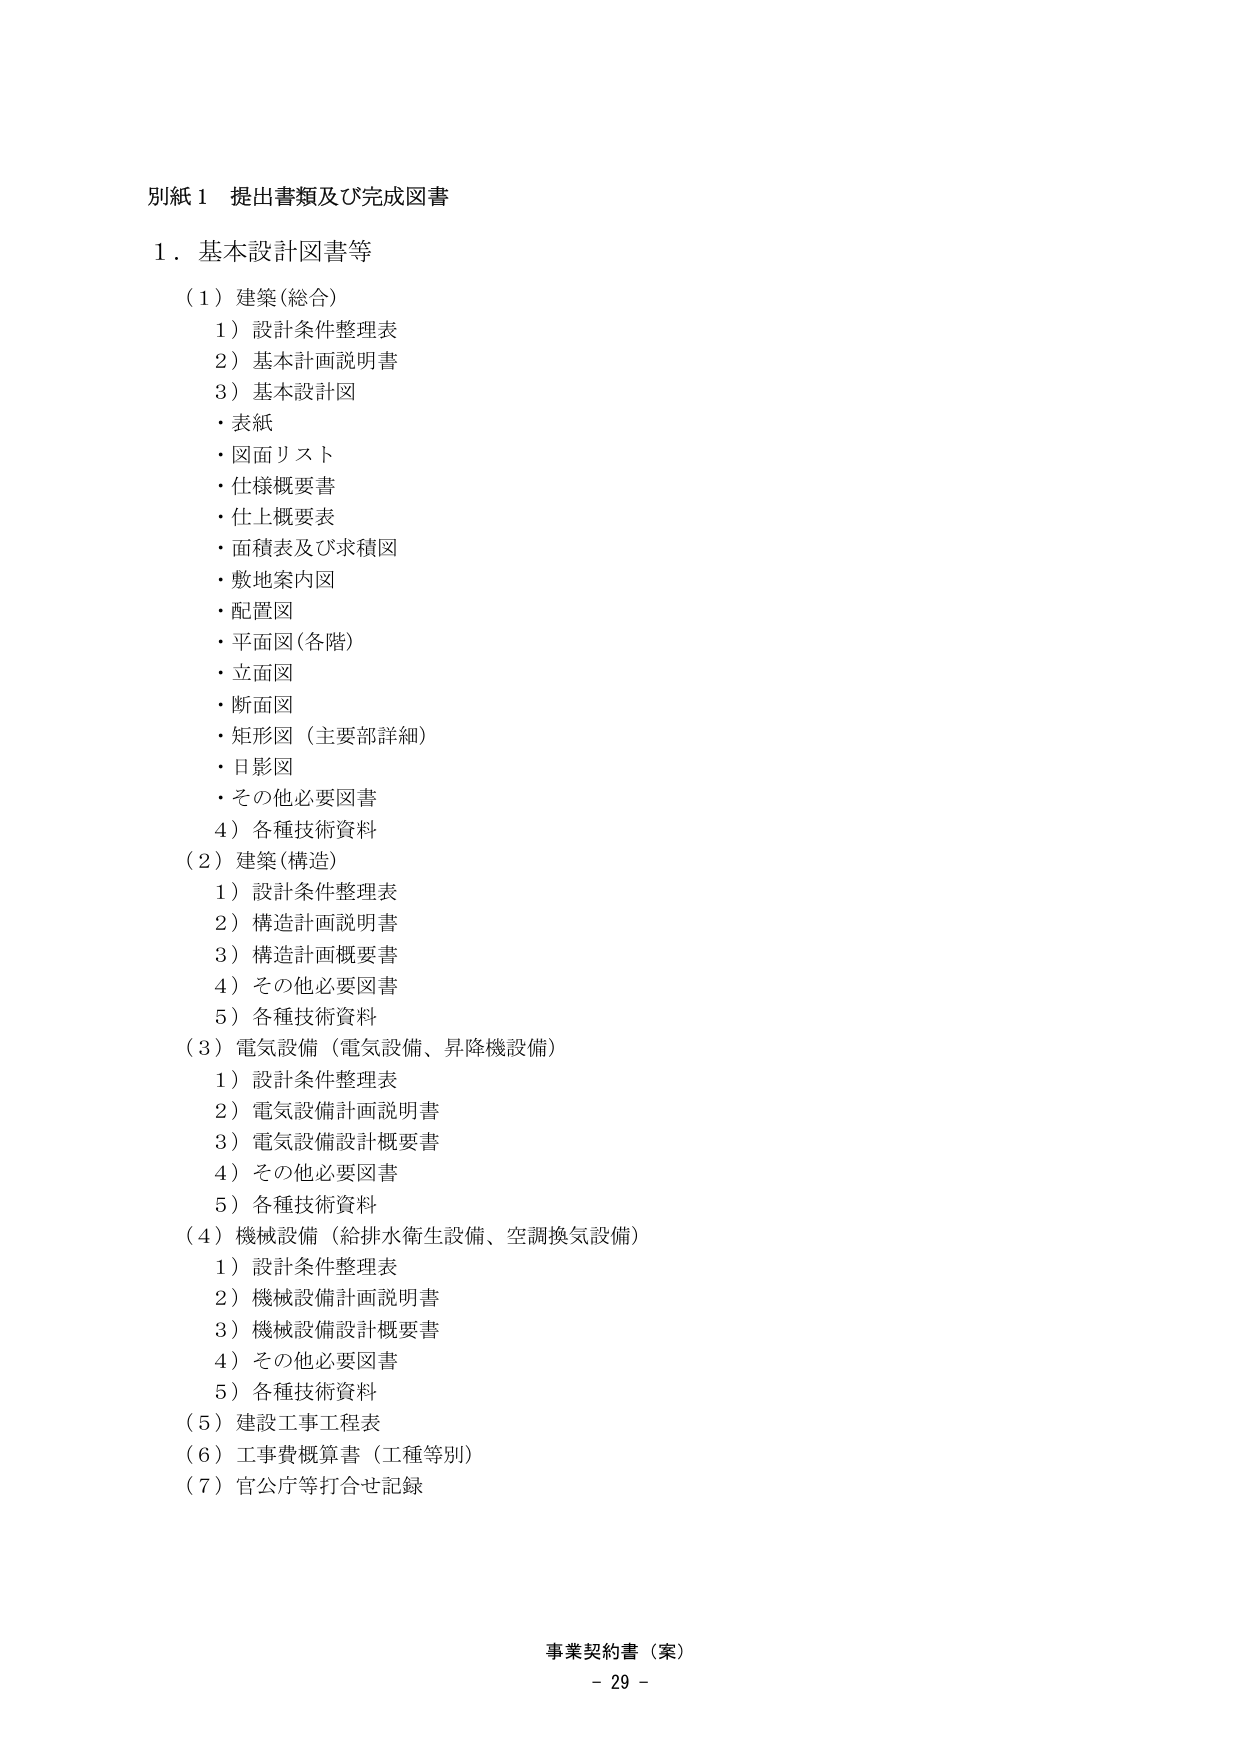
別紙１ 提出書類及び完成図書

１．基本設計図書等

（１）建築（総合）
　１）設計条件整理表
　２）基本計画説明書
　３）基本設計図
　　・表紙
　　・図面リスト
　　・仕様概要書
　　・仕上概要表
　　・面積表及び求積図
　　・敷地案内図
　　・配置図
　　・平面図（各階）
　　・立面図
　　・断面図
　　・矩形図（主要部詳細）
　　・日影図
　　・その他必要図書
　４）各種技術資料

（２）建築（構造）
　１）設計条件整理表
　２）構造計画説明書
　３）構造計画概要書
　４）その他必要図書
　５）各種技術資料

（３）電気設備（電気設備、昇降機設備）
　１）設計条件整理表
　２）電気設備計画説明書
　３）電気設備設計概要書
　４）その他必要図書
　５）各種技術資料

（４）機械設備（給排水衛生設備、空調換気設備）
　１）設計条件整理表
　２）機械設備計画説明書
　３）機械設備設計概要書
　４）その他必要図書
　５）各種技術資料

（５）建設工事工程表
（６）工事費概算書（工種等別）
（７）官公庁等打合せ記録

事業契約書（案）
－ 29 －